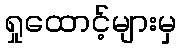
ရှုထောင့်များမှ